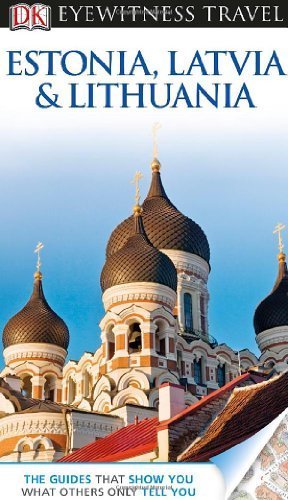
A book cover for DK Eyewitness Travel Guide: Estonia, Latvia, and Lithuania by Bousfield, Jonathan, Oates, John, Jarvis, Howard, Ochser, Tim(May 20, 2013) Paperback; Jonathan, Oates, John, Jarvis, Howard, Ochser, Tim Bousfield; Travel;